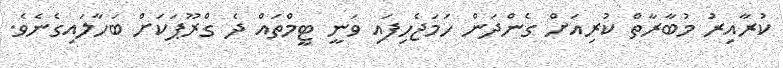
ކުރާއިރު މުބާރާތް ކުރިއަށް ގެންދަން ހަމަޖެހިފައި ވަނީ ޓީމްތައް ދެ ގްރޫޕަކަށް ބަހާލައިގެނެވެ.